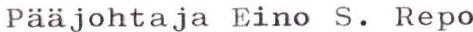
Pääjohtaja Eino S. Repo